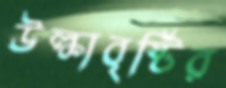
উল্কাবৃষ্টির